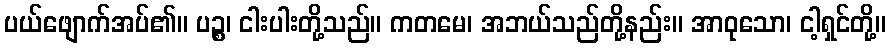
ပယ်ဖျောက်အပ်၏။ ပဉ္စ၊ ငါးပါးတို့သည်။ ကတမေ၊ အဘယ်သည်တို့နည်း။ အာဝုသော၊ ငါ့ရှင်တို့။